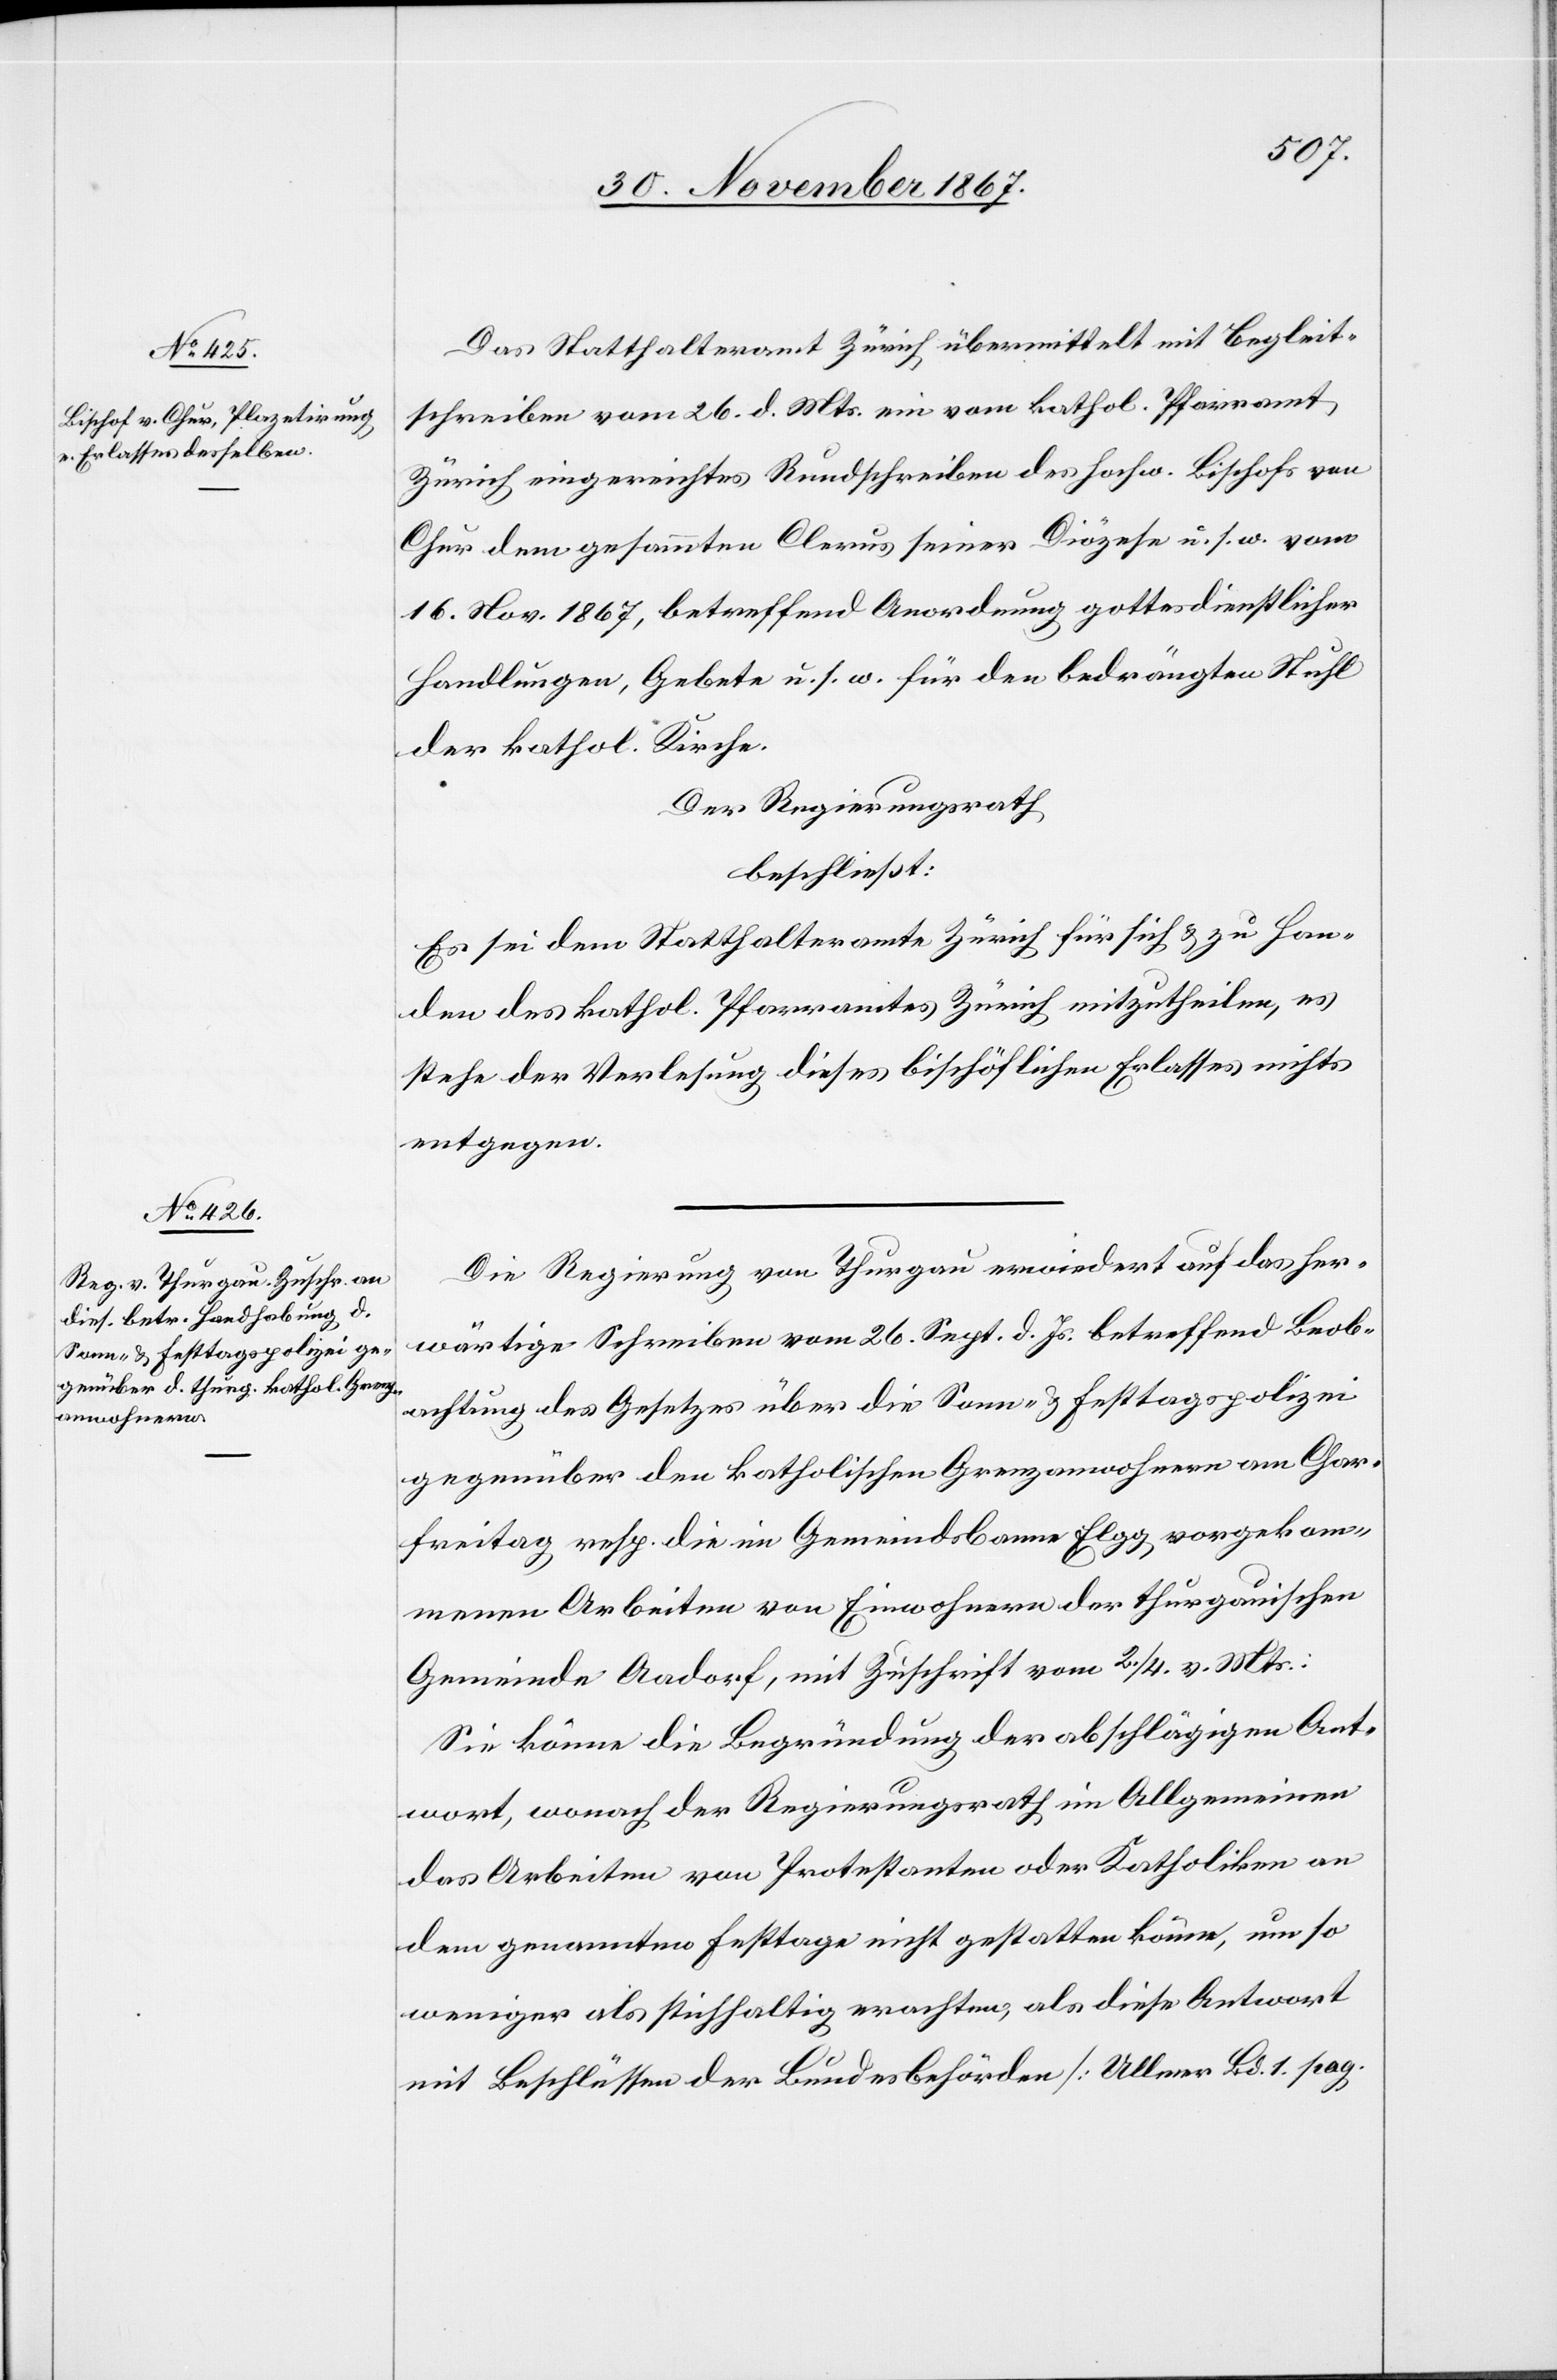
Das Statthalteramt Zürich übermittelt mit Begleit¬
schreiben vom 26. d. Mts. ein vom kathol. Pfarramte
Zürich eingereichtes Rundschreiben des hochw. Bischofs von
Chur dem gesammten Clerus seiner Diözese u. s. w. vom
16. Nov 1867, betreffend Anordnung gottesdienstlicher
Handlungen, Gebete u. s. w. für den bedrängten Stuhl
der kathol. Kirche.
Der Regierungsrath
beschließt:
Es sei dem Statthalteramte Zürich für sich u. zu Han¬
den des kathol. Pfarramtes Zürich mitzutheilen, es
steht der Verlesung dieses bischöflichen Erlasses nichts
entgegen.
Die Regierung von Thurgau erwiedert auf das her¬
wärtige Schreiben vom 26. Sept. d. Js. betreffend Beob¬
achtung des Gesetzes über die Sonn- u. Festtagspolizei
gegenüber den katholischen Grenzanwohnern am Char¬
freitag resp. die im Gemeindsbanne Elgg vorgekom¬
menen Arbeiten von Einwohnern der thurgauischen
Gemeinde Aadorf, mit Zuschrift vom 2./4. v. Mts.:
Sie könne die Begründung der abschlägigen Ant¬
wort, wonach der Regierungsrath im Allgemeinen
das Arbeiten von Protestanten oder Katholiken an
dem genannten Festtage nicht gestatten könne, um so
weniger als stichhaltig erachten, als diese Antwort
mit Beschlüssen der Bundesbehörden [Ullmer Bd. 1. pag.